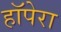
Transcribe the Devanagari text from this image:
हॉपेरा